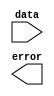
/*--  *******************************************************
--  Computer Architecture Course, Laboratory Sources 
--  Amirkabir University of Technology (Tehran Polytechnic)
--  Department of Computer Engineering (CE-AUT)
--  https://ce[dot]aut[dot]ac[dot]ir
--  *******************************************************
--  All Rights reserved (C) 2020-2021
--  *******************************************************
--  Student ID  : 
--  Student Name: 
--  Student Mail: 
--  *******************************************************
--  Additional Comments:
--
--*/

/*-----------------------------------------------------------
---  Module Name: parityErrorChecker 
-----------------------------------------------------------*/
`timescale 1 ns/1 ns
module parityErrorChecker(
 data,
 error);
 input [8:0] data;
output error;
 // write your code here, please.
endmodule